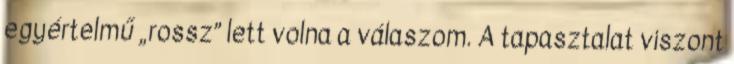
egyértelmű „rossz” lett volna a válaszom. A tapasztalat viszont